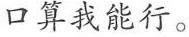
口算我能行。